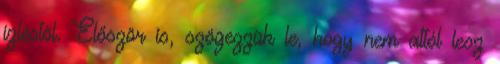
ízléstől. Először is, szögezzük le, hogy nem attól lesz